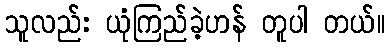
သူလည်း ယုံကြည်ခဲ့ဟန် တူပါ တယ်။